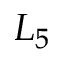
L _ { 5 }